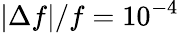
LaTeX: \vert\Delta f\vert/f=10^{-4}